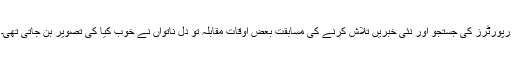
رپورٹرز کی جستجو اور نئی خبریں تلاش کرنے کی مسابقت بعض اوقات مقابلہ تو دل ناتواں نے خوب کیا کی تصویر بن جاتی تھی۔